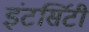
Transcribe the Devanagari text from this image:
इंटर्सिटी